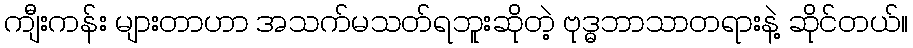
ကျီးကန်း များတာဟာ အသက်မသတ်ရဘူးဆိုတဲ့ ဗုဒ္ဓဘာသာတရားနဲ့ ဆိုင်တယ်။